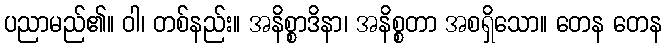
ပညာမည်၏။ ဝါ၊ တစ်နည်း။ အနိစ္စာဒိနာ၊ အနိစ္စတာ အစရှိသော။ တေန တေန